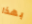
بهذا